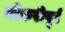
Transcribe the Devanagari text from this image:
नोकरीपूर्व